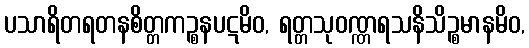
ပသာရိတရတနစိတ္တကဉ္စနပဋမိဝ, ရတ္တသုဝဏ္ဏရသနိသိဉ္စမာနမိဝ,